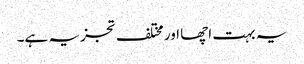
یہ بہت اچھا اور مختلف تجزیہ ہے۔